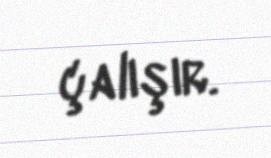
çalışır.